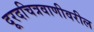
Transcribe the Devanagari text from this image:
दूरदचित्रवाणीवरील